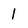
Character: 1